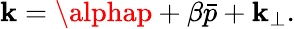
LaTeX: \mathbf{k}=\alphap+\beta\bar{{p}}+\mathbf{k}_{\perp}.